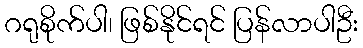
ဂရုစိုက်ပါ၊ ဖြစ်နိုင်ရင် ပြန်လာပါဦး